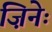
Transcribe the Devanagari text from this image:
ज़िनेः